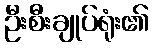
ဦးစီးချုပ်ရုံး၏